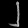
Digit: ၂